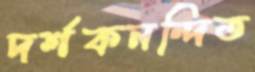
দর্শকনন্দিত